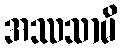
အဿသာမိ